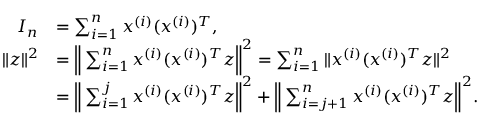
\begin{array} { r l } { I _ { n } } & { = \sum _ { i = 1 } ^ { n } x ^ { ( i ) } ( x ^ { ( i ) } ) ^ { T } , } \\ { \| z \| ^ { 2 } } & { = \Big \| \sum _ { i = 1 } ^ { n } x ^ { ( i ) } ( x ^ { ( i ) } ) ^ { T } z \Big \| ^ { 2 } = \sum _ { i = 1 } ^ { n } \| x ^ { ( i ) } ( x ^ { ( i ) } ) ^ { T } z \| ^ { 2 } } \\ & { = \Big \| \sum _ { i = 1 } ^ { j } x ^ { ( i ) } ( x ^ { ( i ) } ) ^ { T } z \Big \| ^ { 2 } + \Big \| \sum _ { i = j + 1 } ^ { n } x ^ { ( i ) } ( x ^ { ( i ) } ) ^ { T } z \Big \| ^ { 2 } . } \end{array}